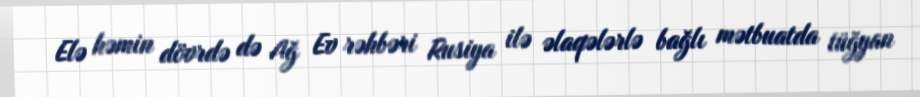
Elə həmin dövrdə də Ağ Ev rəhbəri Rusiya ilə əlaqələrlə bağlı mətbuatda tüğyan